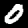
Label: 0